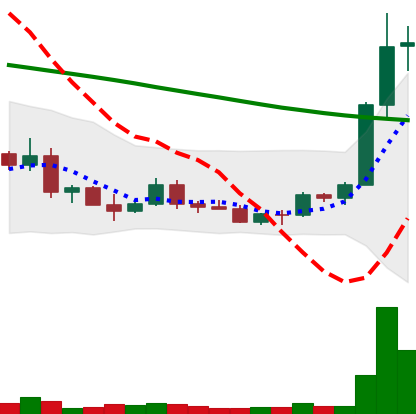
Ticker: ETC-USD
Chart end date: 2022-03-21
Forward return: 22.806%
Label: up_7plus